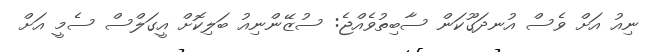
ނިއު އަށް ވެސް އުނދަގޫކަން ސާބިތުވެއްޖެ: ސުޒޭންނިއު ބަލިކޮށް އީގަލްސް ސެމީ އަށް